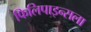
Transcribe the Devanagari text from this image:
फिलिपाइन्सला